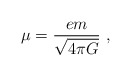
\begin{align*}\mu=\frac{em}{\sqrt{4\pi G}} \ , \end{align*}